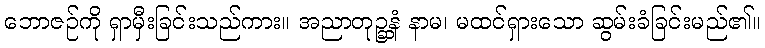
ဘောဇဉ်ကို ရှာမှီးခြင်းသည်ကား။ အညာတုဉ္ဆနံ နာမ၊ မထင်ရှားသော ဆွမ်းခံခြင်းမည်၏။